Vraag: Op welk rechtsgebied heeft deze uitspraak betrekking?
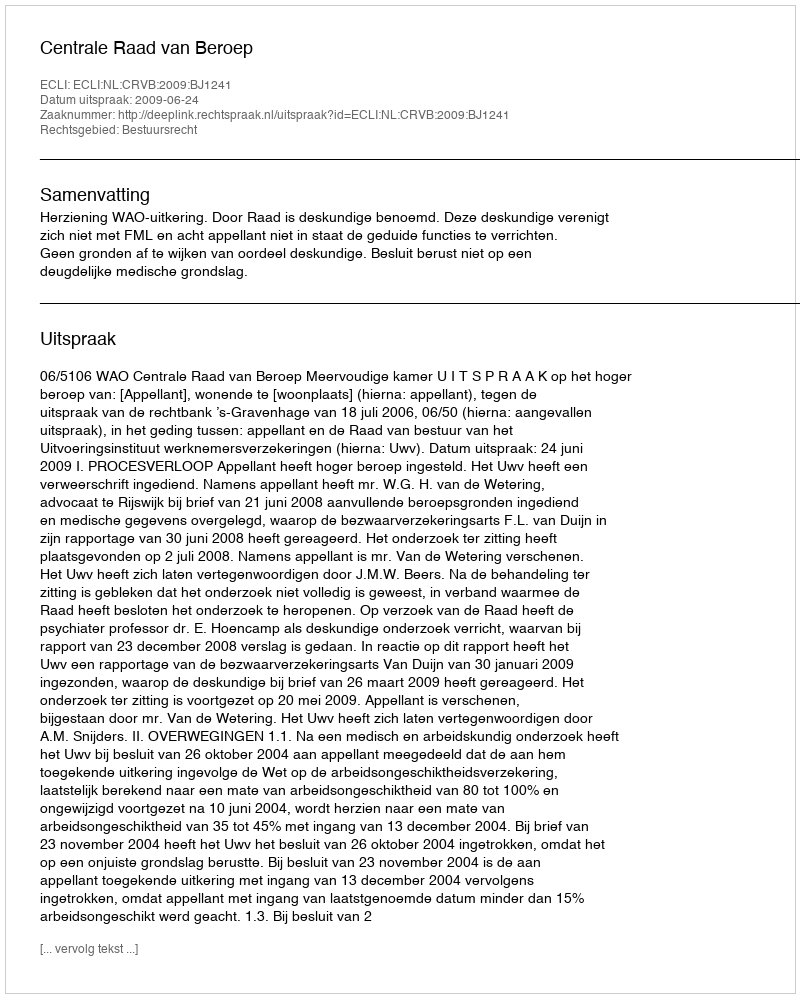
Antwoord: Bestuursrecht